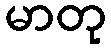
မာတု